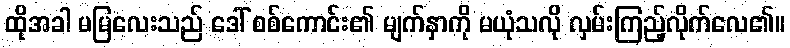
ထိုအခါ မမြလေးသည် ဒေါ် စစ်ကောင်း၏ မျက်နှာကို မယုံသလို လှမ်းကြည့်လိုက်လေ၏။